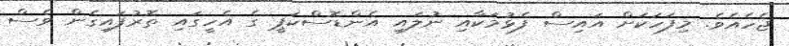
ޖެހެއެވެ. މިފަހަކަށް އައިސް ފެޅުމަކާއި ނުލައި އެންޑޮސްކަޕީ ގެ އެހީގައި ތޮރުފައިގެން ވެސް